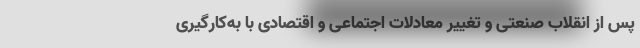
پس از انقلاب صنعتی و تغییر معادلات اجتماعی و اقتصادی با به‌کارگیری